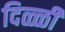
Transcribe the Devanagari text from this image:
दिळ्ळी